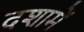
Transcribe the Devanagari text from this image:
दशामें